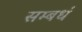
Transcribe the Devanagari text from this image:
सम्बधं